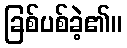
ခြစ်ပစ်ခဲ့၏။